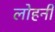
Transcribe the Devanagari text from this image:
लोहनी